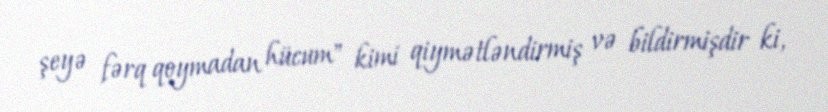
şeyə fərq qoymadan hücum" kimi qiymətləndirmiş və bildirmişdir ki,